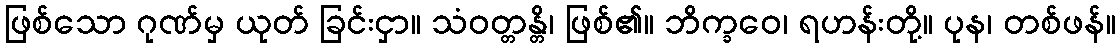
ဖြစ်သော ဂုဏ်မှ ယုတ် ခြင်းငှာ။ သံဝတ္တန္တိ၊ ဖြစ်၏။ ဘိက္ခဝေ၊ ရဟန်းတို့။ ပုန၊ တစ်ဖန်။